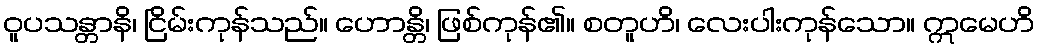
ဝူပသန္တာနိ၊ ငြိမ်းကုန်သည်။ ဟောန္တိ၊ ဖြစ်ကုန်၏။ စတူဟိ၊ လေးပါးကုန်သော။ ဣမေဟိ